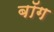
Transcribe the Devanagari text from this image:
बॉग